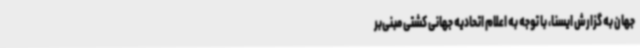
جهان به گزارش ایسنا، با توجه به اعلام اتحادیه جهانی کشتی مبنی‌بر